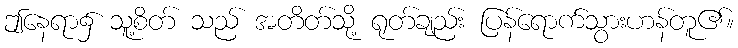
ဤနေရာ၌ သူ့စိတ် သည် အတိတ်သို့ ရုတ်ချည်း ပြန်ရောက်သွားဟန်တူ၏။